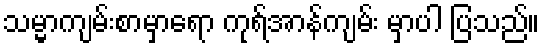
သမ္မာကျမ်းစာမှာရော ကုရ်အာန်ကျမ်း မှာပါ ပြသည်။